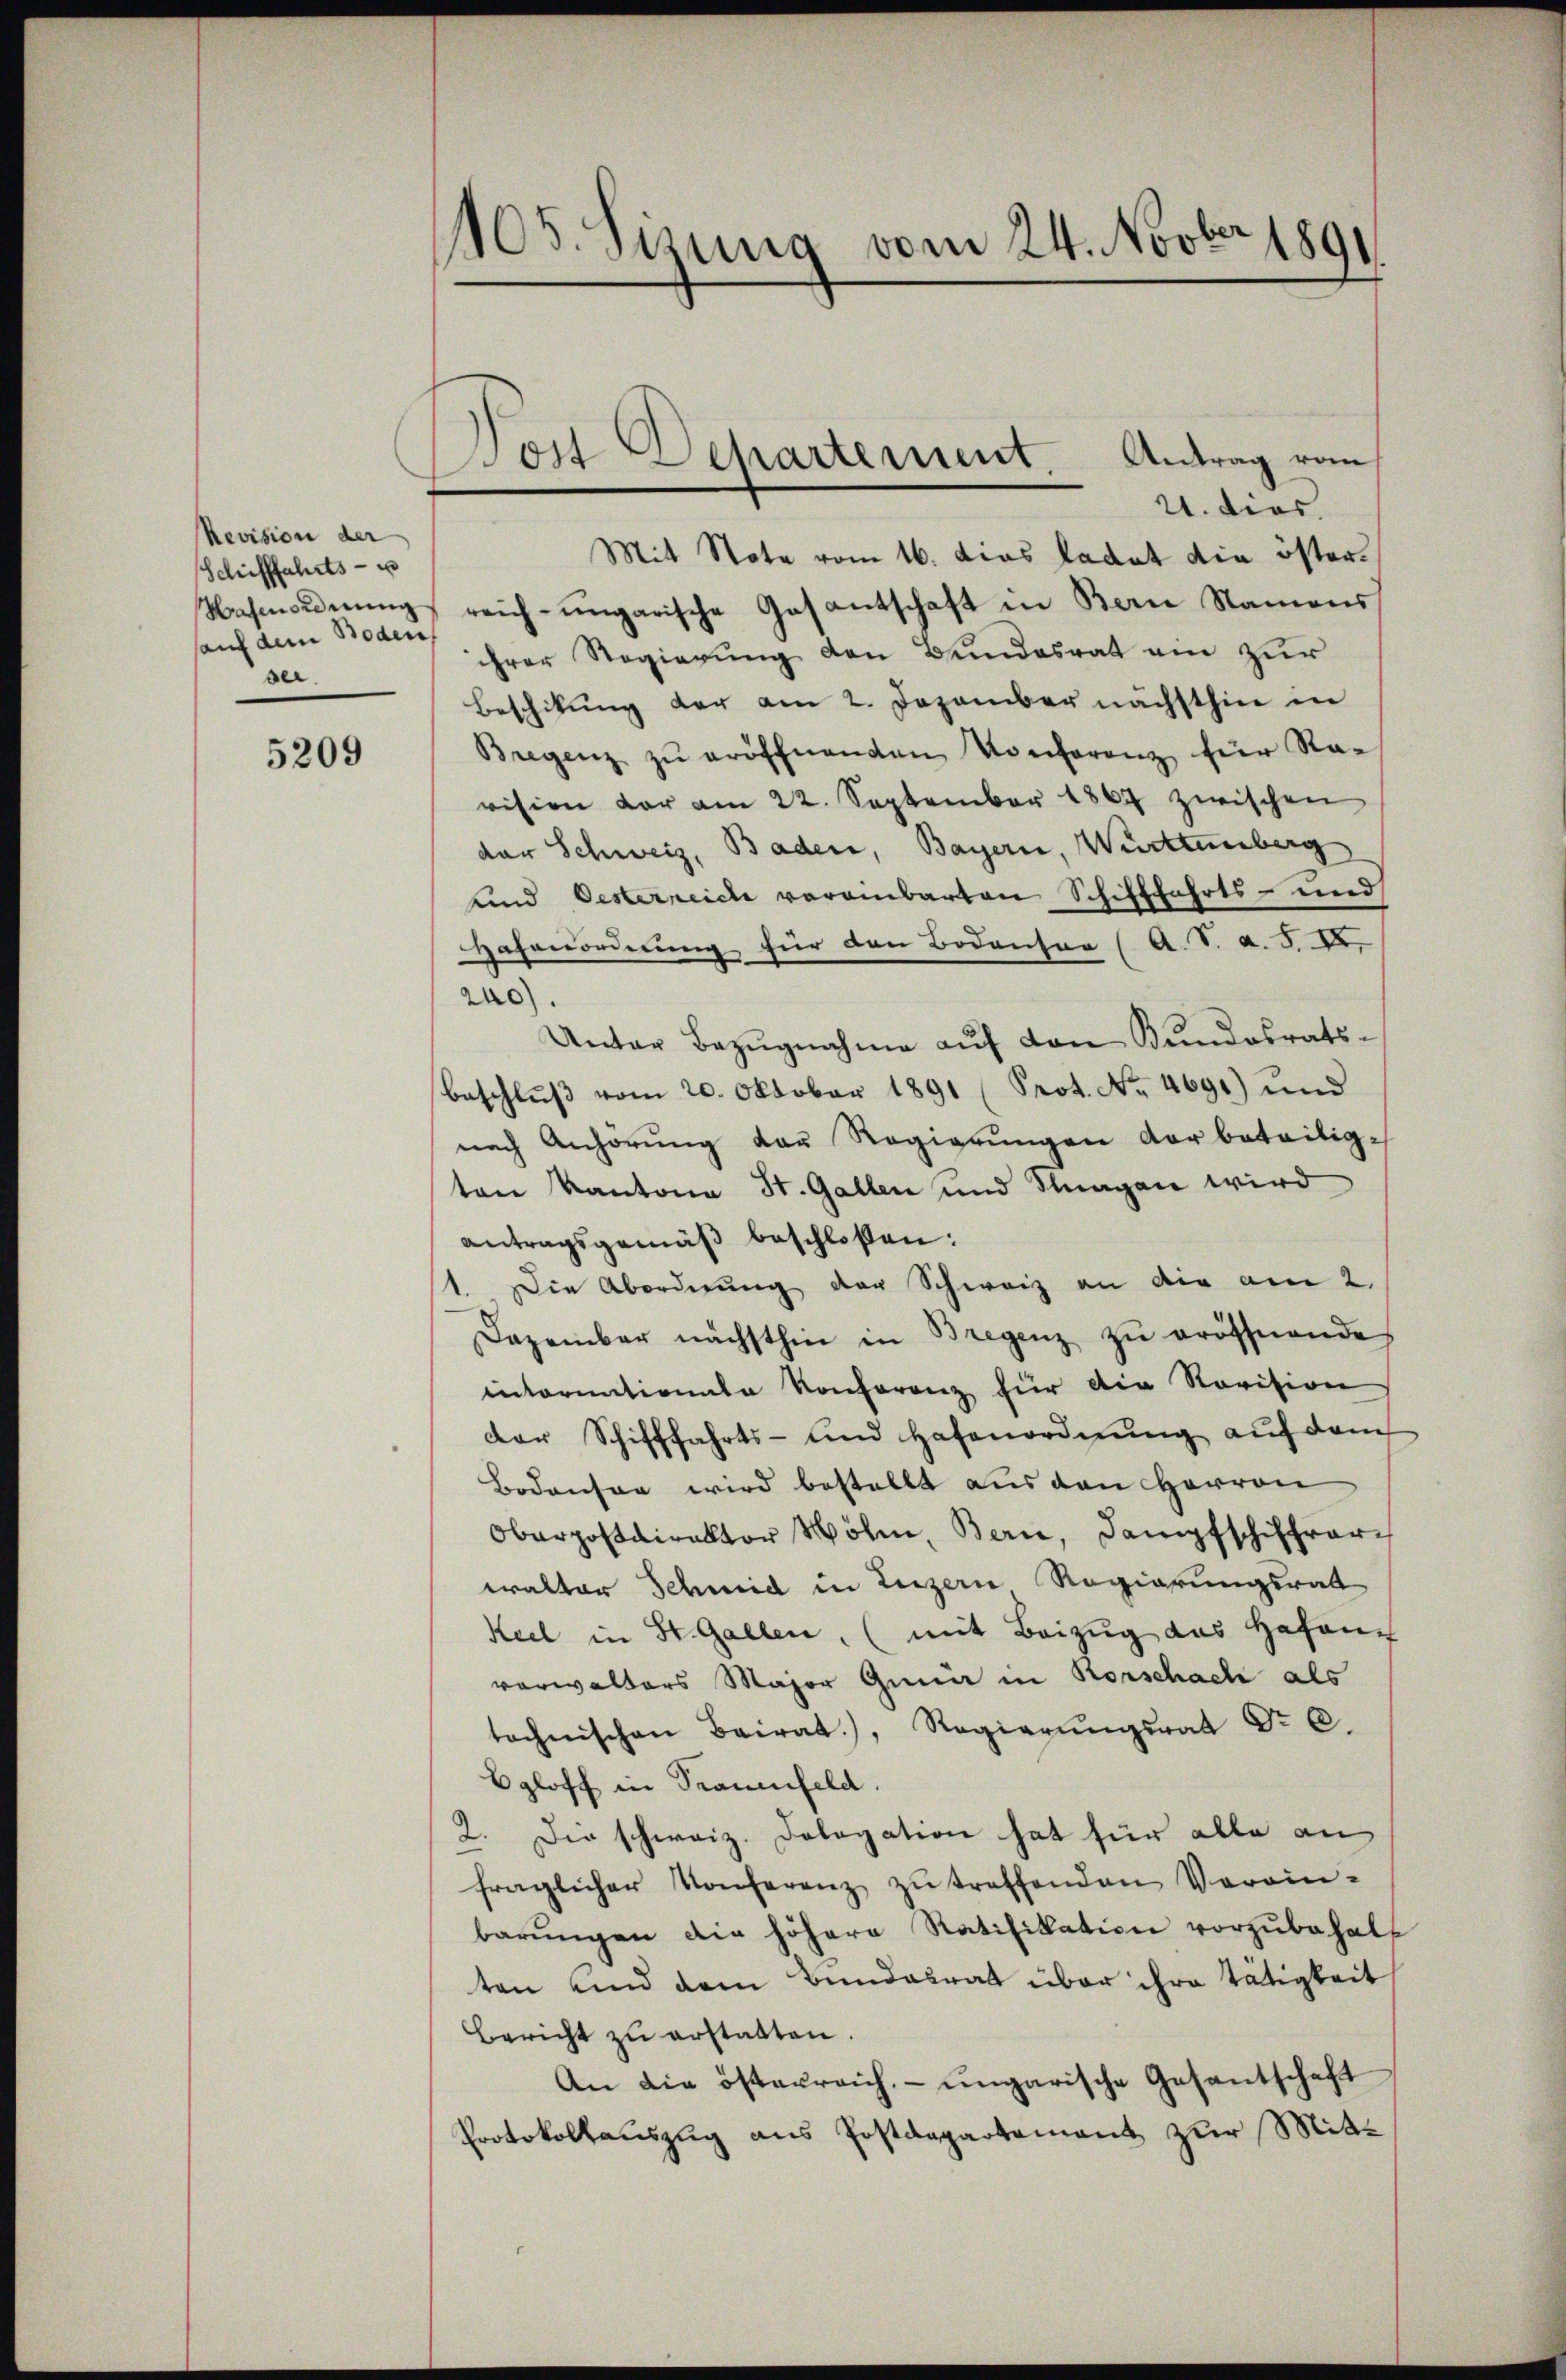
Revision der
Schifffahrts- u
sahenordnung
sauf dem Boden
ser.

5209

105. Sizung vom 24. Novber 1891

Antrag vom
Post Departement.
21. dies

Mit Note vom 16. dies ladet die österreich-ungarische Gasantschaft in Bern Namens
ihrer Regierung den Bundesrat am zur
Beschikung der am 2. Dezember nächsthin in
Bregenz zŭ eröffnenden Konferenz für Ra-
vision der am 22. September 1867 zwischen
der Schweiz, Baden, Bayern, Württemberg
unnd Oesterreiche vereinbarten Schifffahrts- und
Hafenordnung für den Bodenser (A. S. A. S. XI.
240).
Unter Bezŭgnahme aŭf den Bundesrats-
Beschlŭβ vom 20. Oktober 1891 (Prot. No. 4691) und
nach Anhörŭng der Regierŭngen der beteiligten Kantone St. Gallen und Klagen wird
antragsgemäβ beschloßen:
1. Die Abordnung der Schweiz an die am 2.
Dazember nächsthin in Bregenz zŭ eröffnende
intornationale Konferenz für die Revision
der Schifffahrts- und Hafenordnŭng aŭf dem
Bodensen wird bestellt aus den Herren
Oberpostdirektor Wöhne, Bern, Dampfschiffrar-
walter Schmid in Luzern Regierungsrath
Keel in St. Gallen. (mit Beizŭg das Hafen
verwalters Major Gena in Rorschach als
technischen Bairat), Regierŭngsrat Nr. 6.
Egloff in Trauenfeld.
2. Die schweiz. Dologation hat für alle an
fraglicher Konferenz zŭ treffenden Verein-
barŭngen die höhern Ratifikation vorzŭbehal
ten und dem Bundesrat über ihre Tätigkeit
Bericht zŭ erstatten.
An die österreich, ungarische Gesantschaft
Protokollauszug aus Postdepartement zur Mit¬